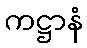
ကဋ္ဌာနံ